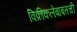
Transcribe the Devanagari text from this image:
विक्रीकलेबाबतची